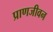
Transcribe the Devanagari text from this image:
प्राणजीवन